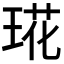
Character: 𤦙